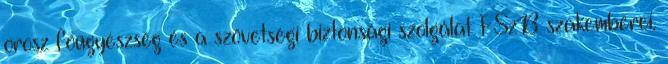
orosz főügyészség és a szövetségi biztonsági szolgálat FSzB szakemberei.